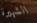
الشهيرة